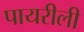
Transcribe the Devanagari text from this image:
पायरीली